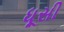
ધૂસી